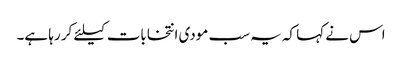
اس نے کہا کہ یہ سب مودی انتخابات کیلئے کر رہا ہے۔